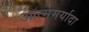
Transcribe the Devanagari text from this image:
आत्ममर्यादा